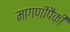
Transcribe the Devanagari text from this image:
मागणीपैकी